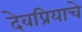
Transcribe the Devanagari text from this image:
देवप्रियाचे